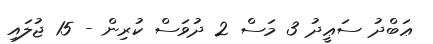
ޢަބްދު ސަޢީދު 3 މަސް 2 ދުވަސް ކުރިން - 15 ޖުލައި